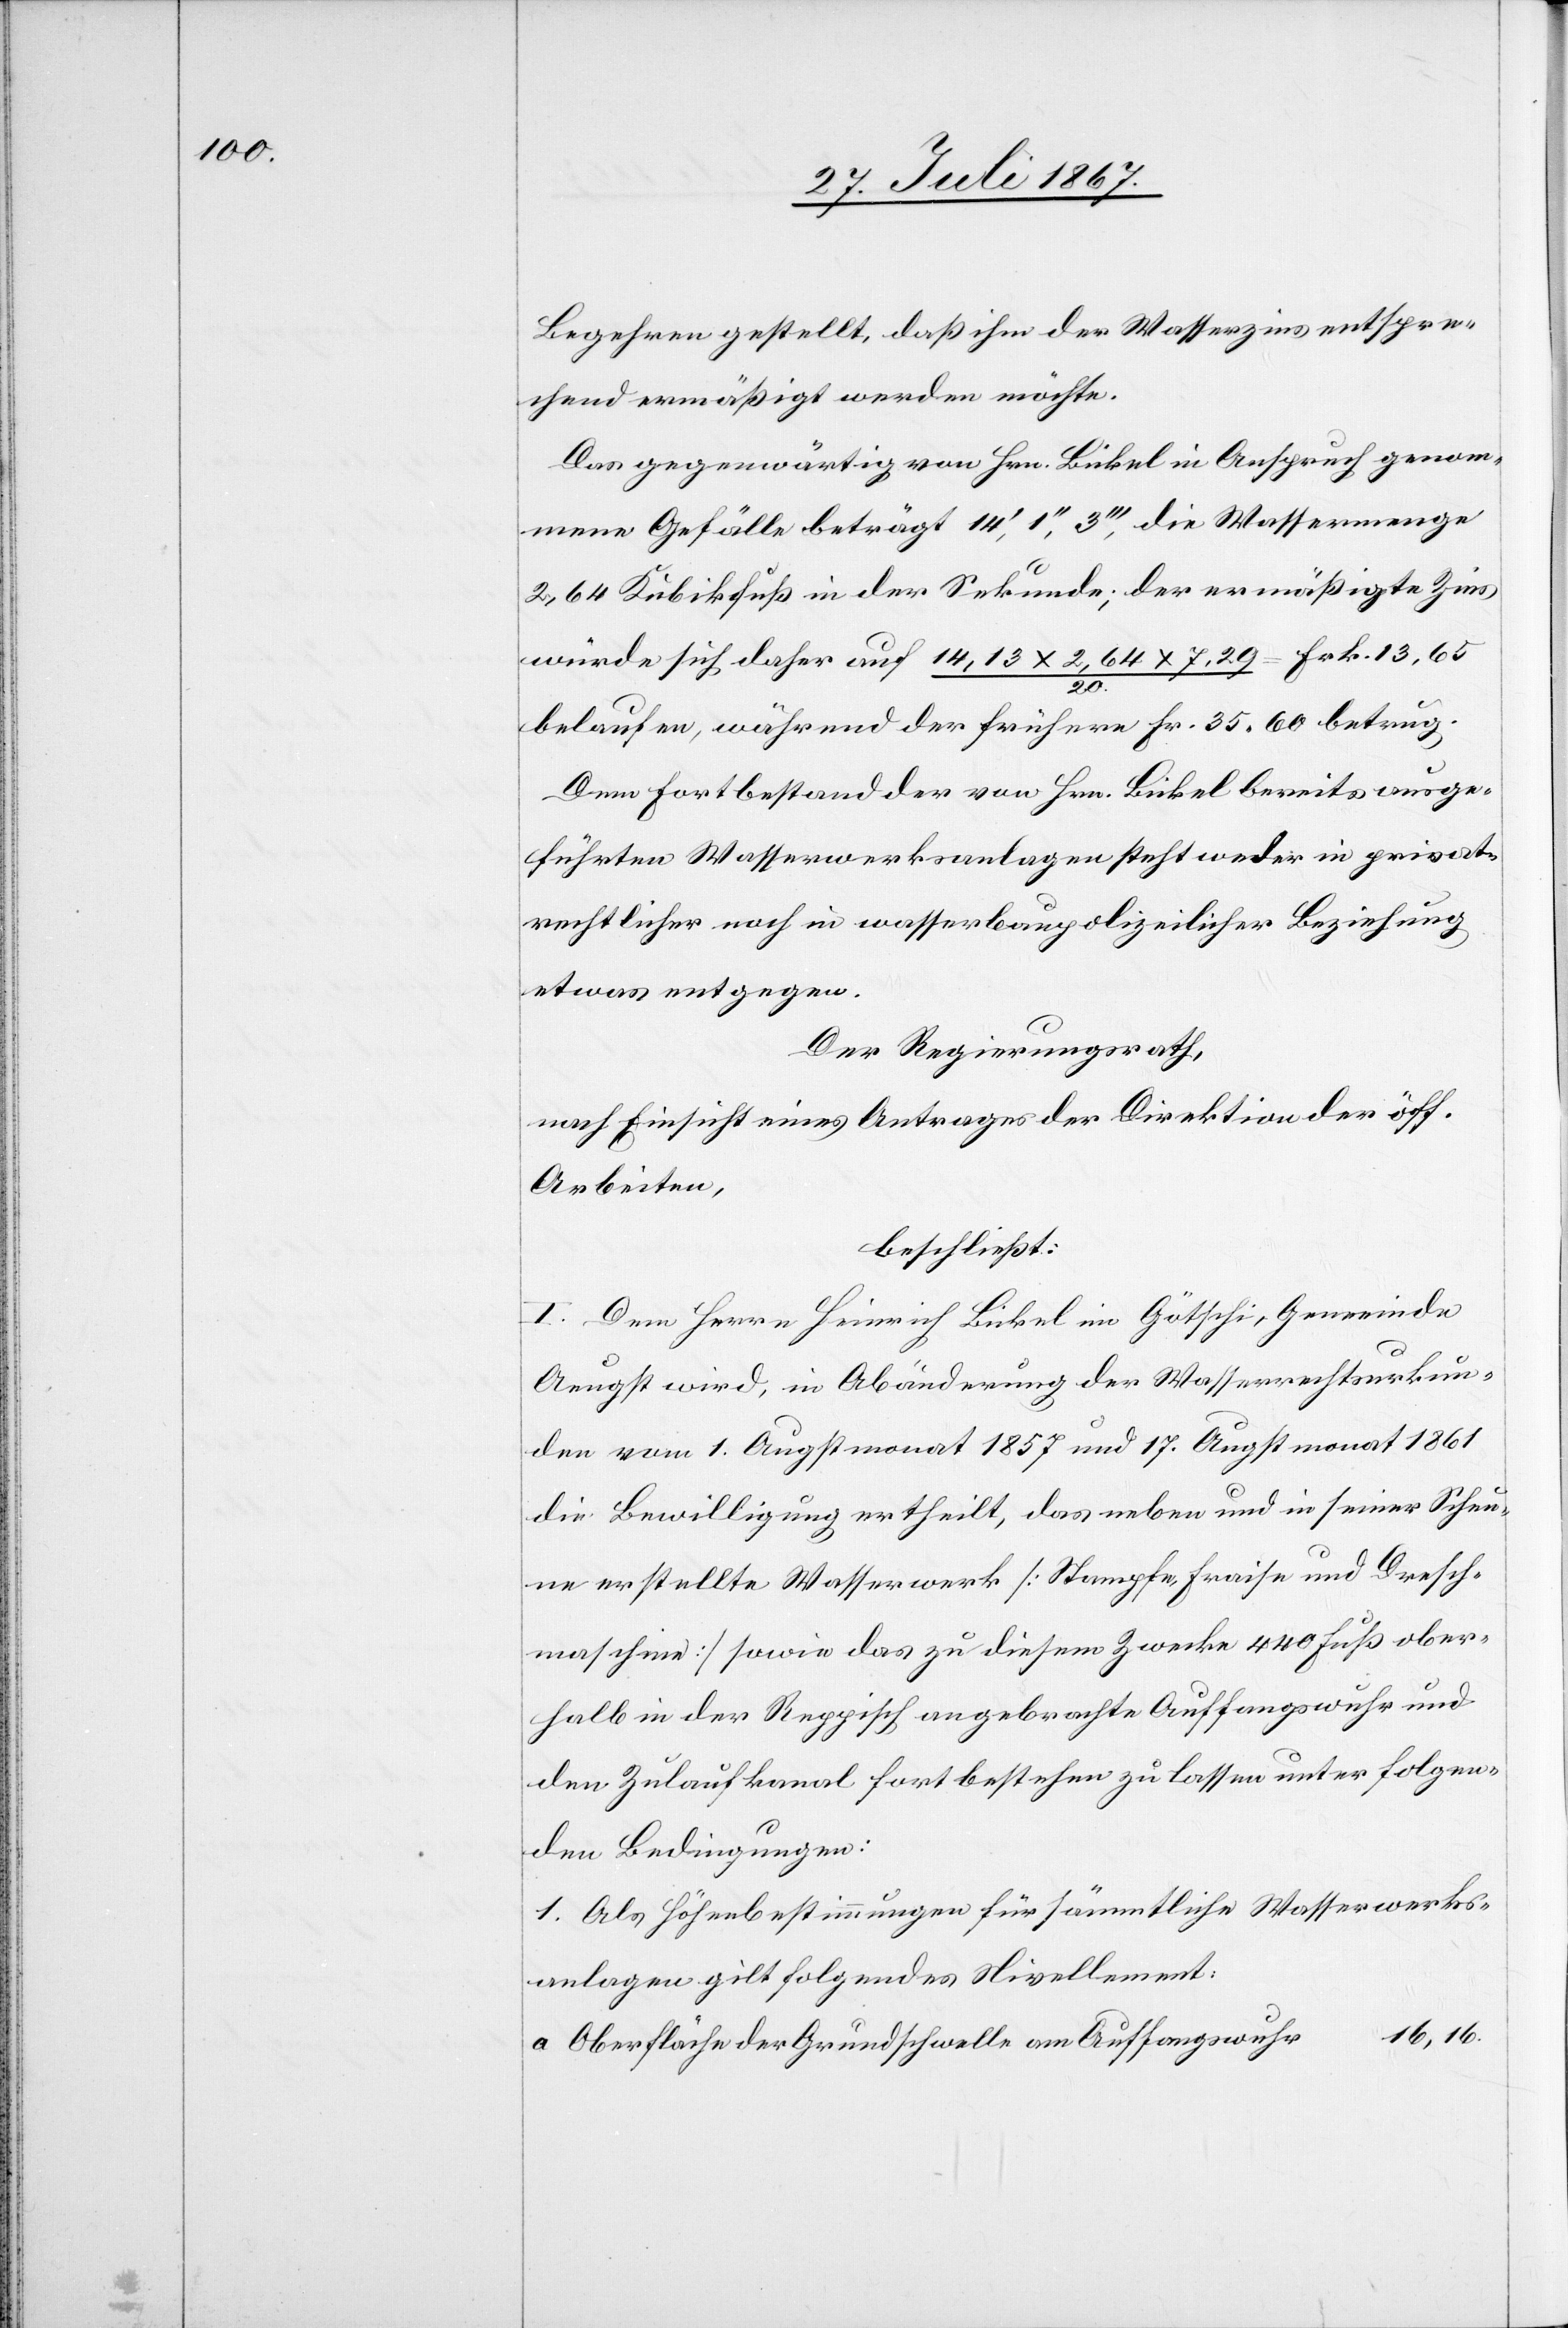
Begehren gestellt, daß ihm der Wasserzins entspre¬
chend ermäßigt werden möchte.
Das gegenwärtig von Hrn. Bickel in Anspruch genom¬
mene Gefälle beträgt 14‘, 1‘‘, 3‘‘‘, die Wassermenge
2,64 Kubikfuß in der Sekunde; der ermäßigte Zins
würde sich daher auf 14,13 x 2,64 x 7,27/20 = Frk. 13.65
belaufen, während der frühere Fr. 35.60 betrug.
Dem Fortbestehen der von Hrn. Bickel bereits ausge¬
führten Wasserwerksanlagen steht weder in privat¬
rechtlicher noch in wasserbaupolizeilicher Beziehung
etwas entgegen.
Der Regierungsrath,
nach Einsicht eines Antrages der Direktion der öff.
Arbeiten,
beschließt:
I. Dem Herrn Heinrich Bickel im Götschi, Gemeinde
Aeugst wird, in Abänderung der Wasserrechtsurkun¬
de vom 1. Augstmonat 1857 und 17. Augstmonat 1861
die Bewilligung ertheilt, das neben und in seiner Scheu¬
ne erstellte Wasserwerk [Stampfe, Fraise und Dresch¬
maschine] sowie das zu diesem Zwecke 440 Fuß ober¬
halb in der Reppisch angebrachte Auffangswuhr und
den Zulaufkanal fortbestehen zu lassen unter folgen¬
den Bedingungen:
1. Als Höhenbestimmungen für sämmtliche Wasserwerks¬
anlagen gilt folgendes Nivellement:
Oberfläche der Grundschwelle am Auffangswuhr